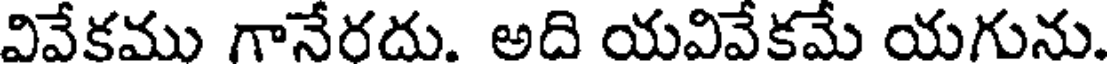
వివేకము గానేరదు. అది యవివేకమే యగును.